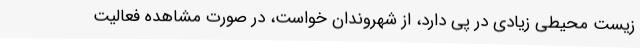
زیست محیطی زیادی در پی دارد، از شهروندان خواست، در صورت مشاهده فعالیت